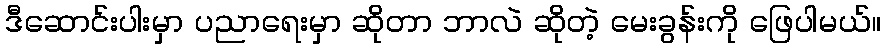
ဒီဆောင်းပါးမှာ ပညာရေးမှာ ဆိုတာ ဘာလဲ ဆိုတဲ့ မေးခွန်းကို ဖြေပါမယ်။